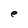
Character: e